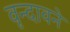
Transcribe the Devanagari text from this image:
वृन्दावने